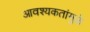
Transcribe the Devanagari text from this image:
आवश्यकतांमुळे